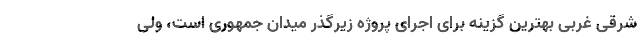
شرقی غربی بهترین گزینه برای اجرای پروژه زیرگذر میدان جمهوری است، ولی